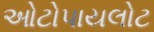
ઓટોપાયલોટ